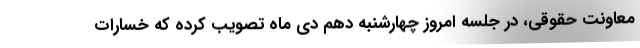
معاونت حقوقی، در جلسه امروز چهارشنبه دهم دی ماه تصویب کرده که خسارات